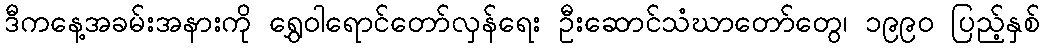
ဒီကနေ့အခမ်းအနားကို ရွှေဝါရောင်တော်လှန်ရေး ဦးဆောင်သံဃာတော်တွေ၊ ၁၉၉၀ ပြည့်နှစ်